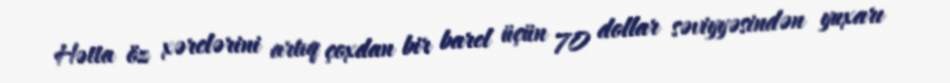
Hətta öz xərclərini artıq çoxdan bir barel üçün 70 dollar səviyyəsindən yuxarı